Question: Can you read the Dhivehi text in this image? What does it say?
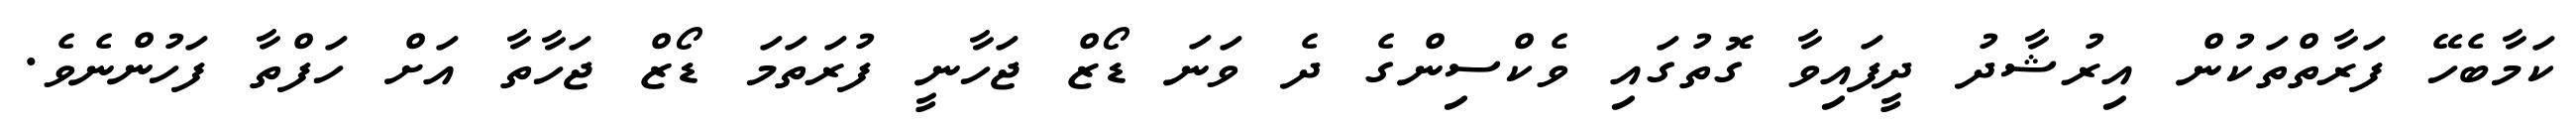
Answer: ކަމާބެހޭ ފަރާތްތަކުން އިރުޝާދު ދީފައިވާ ގޮތުގައި ވެކްސިންގެ ދެ ވަނަ ޑޯޒް ޖަހާނީ ފުރަތަމަ ޑޯޒް ޖަހާތާ އަށް ހަފްތާ ފަހުންނެވެ.